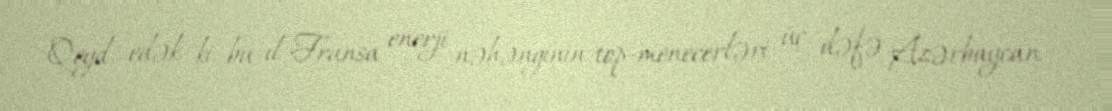
Qeyd edək ki, bu il Fransa enerji nəhənginin top-menecerləri üç dəfə Azərbaycan